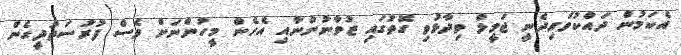
އެކަމުން ދައްކުވައިދެނީ ޖަމީލް ވިދާޅުވި ގޮތުގައި ޒުވާނުންނާއި އެހެން މީހުންނަށް ވެސް ފުރުސަތުދީގެން